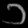
Digit: ၁